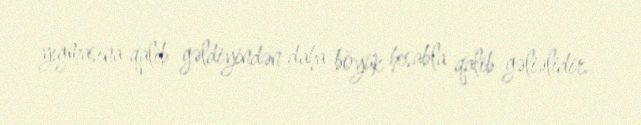
yığmasına qalib gəldiyindən daha böyük hesabla qalib gəliəlidir.